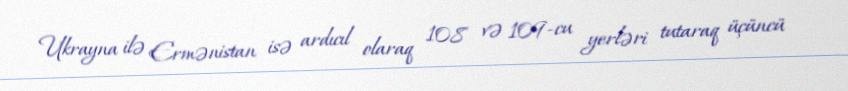
Ukrayna ilə Ermənistan isə ardıcıl olaraq 108 və 109-cu yerləri tutaraq üçüncü